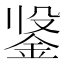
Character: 𲇍